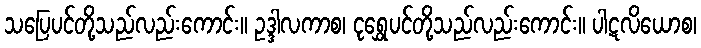
သပြေပင်တို့သည်လည်းကောင်း။ ဥဒ္ဒါလကာစ၊ ငုရွှေပင်တို့သည်လည်းကောင်း။ ပါဋလိယောစ၊